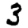
Digit: 3